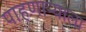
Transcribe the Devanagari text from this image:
पाहणाऱ्याला